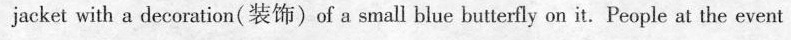
jacket with a decoration(装饰)of a small blue butterfly on it. People at the event